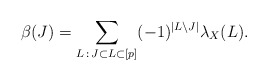
\begin{align*}\beta(J) = \sum_{L\, :\, J \subset L \subset [p]} (-1)^{|L\setminus J|} \lambda_X(L).\end{align*}